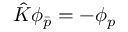
\hat { K } \phi _ { \bar { p } } = - \phi _ { p }